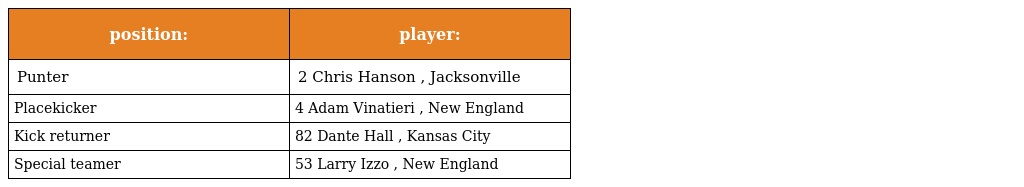
| position: | player: |
 | --- | --- |
 | Punter | 2 Chris Hanson , Jacksonville |
 | Placekicker | 4 Adam Vinatieri , New England |
 | Kick returner | 82 Dante Hall , Kansas City |
 | Special teamer | 53 Larry Izzo , New England |